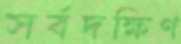
সর্বদক্ষিণ